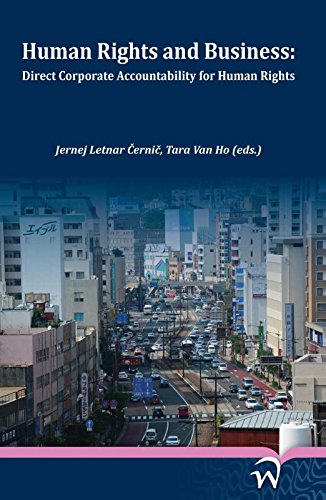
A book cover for Human Rights and Business: Direct Corporate Accountability for Human Rights; Business & Money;